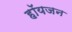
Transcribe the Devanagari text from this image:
हॉयजन